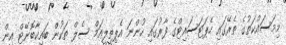
މިމަސައްކަތުގެ ތެރޭގައި ހެޕަޓަސައިޓްގެ ފާރުގައި ހުންނަ އެޕިތީލީއަމް ސެލް ތަކުން ބައިކާބޮނޭޓް އިން